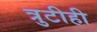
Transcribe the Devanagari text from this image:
त्रुटीही